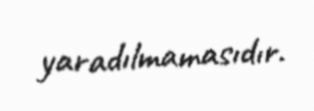
yaradılmamasıdır.